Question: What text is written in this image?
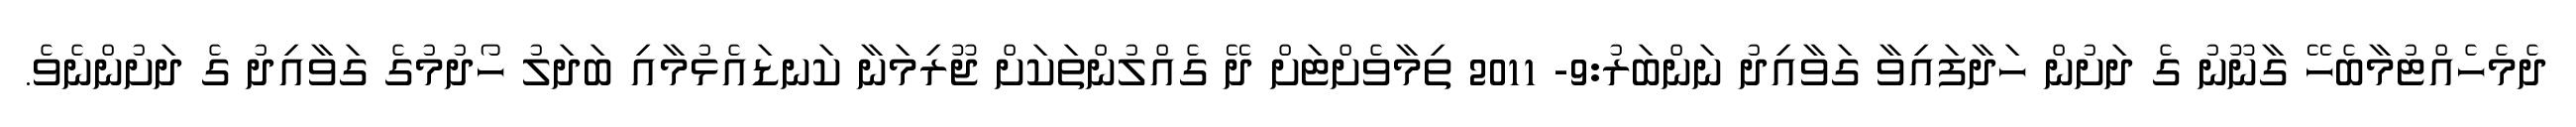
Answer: ދެމެހެއްޓުމާބެހޭ ގާނޫނު ގެ ދަށުން ހަދާފައިވާ ގަވާއިދު ނަންބަރު:9- 2011 ތިމާވެށްޓަށް ދޭ ގެއްލުންތަކަށް ޖޫރިމަނާ ކަނޑައެޅުމާއި ބަދަލު ހޯދުމުގެ ގަވާއިދު ގެ ދަށުންނެވެ.